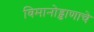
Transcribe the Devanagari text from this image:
विमानोड्डाणाचे